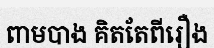
ពាមបាង គិតតែពីរឿង